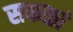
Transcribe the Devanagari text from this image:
सकळां